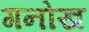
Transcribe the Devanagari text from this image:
गनोख